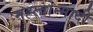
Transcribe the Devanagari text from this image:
मह्त्वोन्मादी